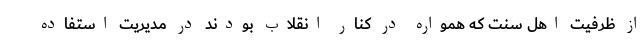
از ظرفیت اهل سنت که همواره در کنار انقلاب بودند در مدیریت استفاده